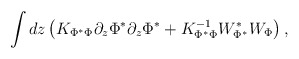
\begin{align*}\int dz \left ( K_{\Phi^*\Phi} \partial_z\Phi^* \partial_z\Phi^*+ K_{\Phi^*\Phi}^{-1} W_{\Phi^*}^* W_{\Phi} \right ),\end{align*}